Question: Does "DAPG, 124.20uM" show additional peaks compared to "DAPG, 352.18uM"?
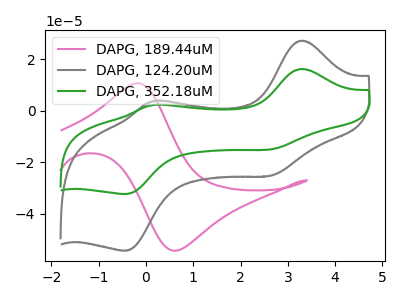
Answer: <think>The pink curve "DAPG, 189.44uM" has an anodic peak at (-0.15V, 10.65uA) and a cathodic peak at (0.65V, -54.40uA). The gray curve "DAPG, 124.20uM" has anodic peaks at (3.30V, 27.20uA) (0.15V, 3.65uA) and cathodic peaks at (2.65V, -25.20uA) (-0.45V, -54.45uA). The green curve "DAPG, 352.18uM" has anodic peaks at (3.30V, 16.20uA) (0.15V, 2.20uA) and cathodic peaks at (2.65V, -15.00uA) (-0.45V, -32.40uA).
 All the peaks in "DAPG, 124.20uM" have a peak in "DAPG, 352.18uM" at the same potential. Every peak in "DAPG, 124.20uM" is higher than every peak in "DAPG, 352.18uM".</think>
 <answer>No, "DAPG, 124.20uM" and "DAPG, 352.18uM" don't appear to be significantly different in shape</answer>
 <eval>no_change</eval>